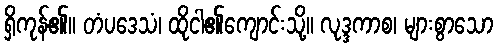
ရှိကုန်၏။ တံပဒေသံ၊ ထိုငါ၏ကျောင်းသို့။ လုဒ္ဒကာစ၊ များစွာသော